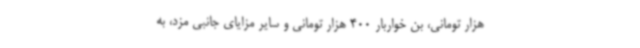
هزار تومانی، بن خواربار 400 هزار تومانی و سایر مزایای جانبی مزد، به